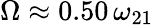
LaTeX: \Omega\approx 0.50\, \omega_{21}